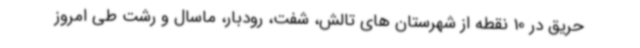
حریق در 10 نقطه از شهرستان های تالش، شفت، رودبار، ماسال و رشت طی امروز